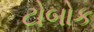
ટોબોક